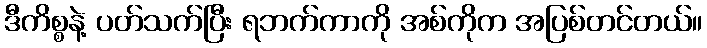
ဒီကိစ္စနဲ့ ပတ်သက်ပြီး ရဘက်ကာကို အစ်ကိုက အပြစ်တင်တယ်။